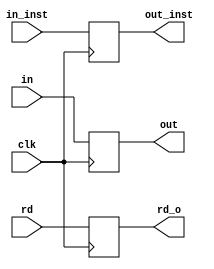

module MEM_WB
#(	parameter RFW = 5,
	parameter IMW = 4,
	parameter DW = 32,
	parameter IW = 32)
(	input wire clk,
	input wire [DW-1:0] in,		
	input wire [IW-1:0] in_inst,
	input wire [RFW-1:0] rd,
	output reg [DW-1:0] out,
	output reg [RFW-1:0] rd_o,
	output reg [IW-1:0] out_inst
);

	always @(posedge clk) begin
		out <= #1 in;
		out_inst <= #1 in_inst;
		rd_o <= #1 rd;
	end


endmodule